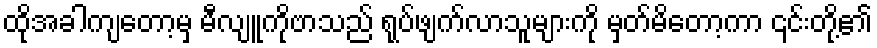
ထိုအခါကျတော့မှ မီလျူကိုဗာသည် ရုပ်ဖျက်လာသူများကို မှတ်မိတော့ကာ ၎င်းတို့၏